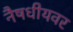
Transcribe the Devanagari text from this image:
नैषधीयवर